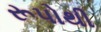
રૂપોથી